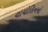
વાયોલિનનો